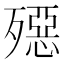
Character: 𣩤